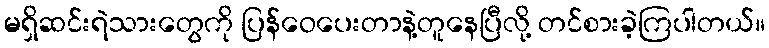
မရှိဆင်းရဲသားတွေကို ပြန်ဝေပေးတာနဲ့တူနေပြီလို့ တင်စားခဲ့ကြပါတယ်။